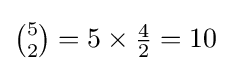
{\tbinom {5}{2}}=5\times {\tfrac {4}{2}}=10